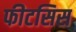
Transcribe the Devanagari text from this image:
फीटसिस